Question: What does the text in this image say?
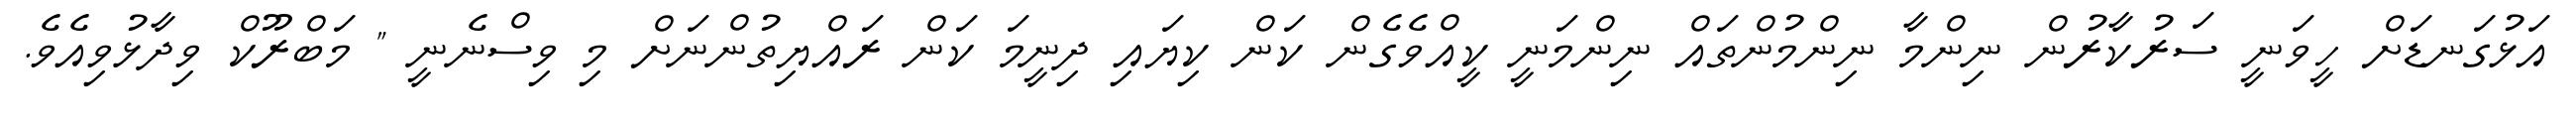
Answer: އަޅުގަނޑަށް ހީވަނީ ސަރުކާރުން ނިންމާ ނިންމުންތައް ނިންމަނީ ކީއްވެގެން ކަން ކިޔައި ދިނީމަ ކަން ރައްޔިތުންނަށް މި ވިސްނެނީ " މަބްރޫކް ވިދާޅުވިއެވެ.